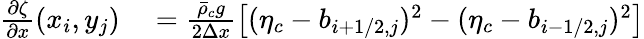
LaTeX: \begin{array}{rl}{\frac{\partial\zeta}{\partial x}(x_{i},y_{j})}&{{}=\frac{\bar{\rho}_{c}g}{2\Delta x}\left[(\eta_{c}-b_{i+1/2,j})^{2}-(\eta_{c}-b_{i-1/2,j})^{2}\right]}\end{array}